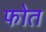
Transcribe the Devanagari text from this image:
फोत